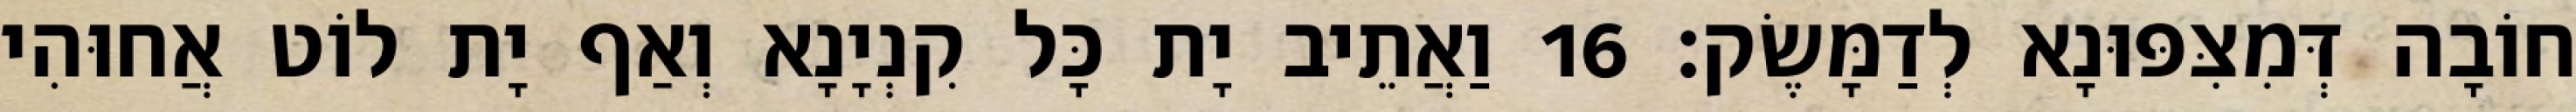
חוֹבָה דְּמִצִּפּוּנָא לְדַמָּשֶׂק׃ 16 וַאֲתֵיב יָת כָּל קִנְיָנָא וְאַף יָת לוֹט אֲחוּהִי